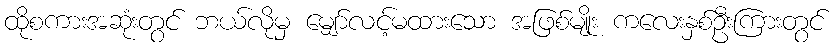
ထိုစကားအဆုံးတွင် ဘယ်လိုမှ မျှော်လင့်မထားသော အဖြစ်မျိုး ကလေးနှစ်ဦးကြားတွင်